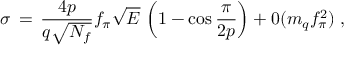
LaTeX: \sigma \, = \, \frac { 4 p } { q \sqrt { N _ { f } } } f _ { \pi } \sqrt { E } \, \left( 1 - \cos \frac { \pi } { 2 p } \right) + 0 ( m _ { q } f _ { \pi } ^ { 2 } ) \; ,